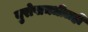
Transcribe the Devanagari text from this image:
युरोपामधीलही